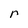
Character: r